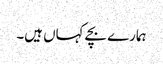
ہمارے بچے کہاں ہیں۔